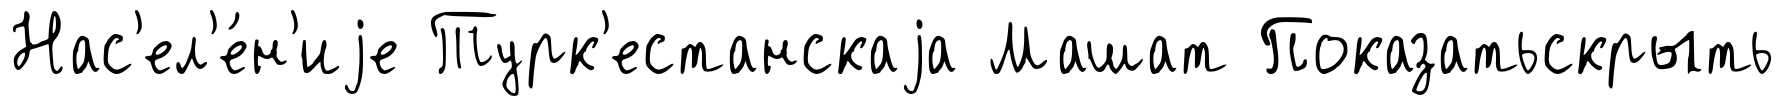
Нас'ел'е́н'иjе Турк'естанскаjа Машат Показатьскрыть